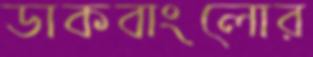
ডাকবাংলোর